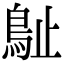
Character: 𣦘